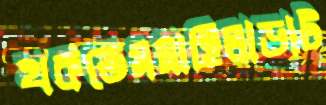
থকতেমমাহিলাড়াট